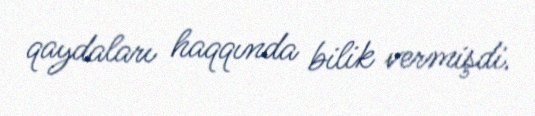
qaydaları haqqında bilik vermişdi.